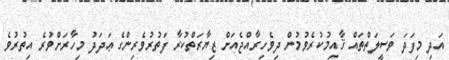
އަދި މިފަދަ ވަސީލަތްތައް ޤާއިމުކުރެވުމުން ދިވެހިރާއްޖެއަށް ޒިޔާރަތްކުރާ ފަތުރުވެރިންގެ ޢަދަދު މިހާރަށްވުރެ އިތުރުވެ